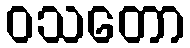
ဝသတော